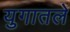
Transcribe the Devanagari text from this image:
युगातले